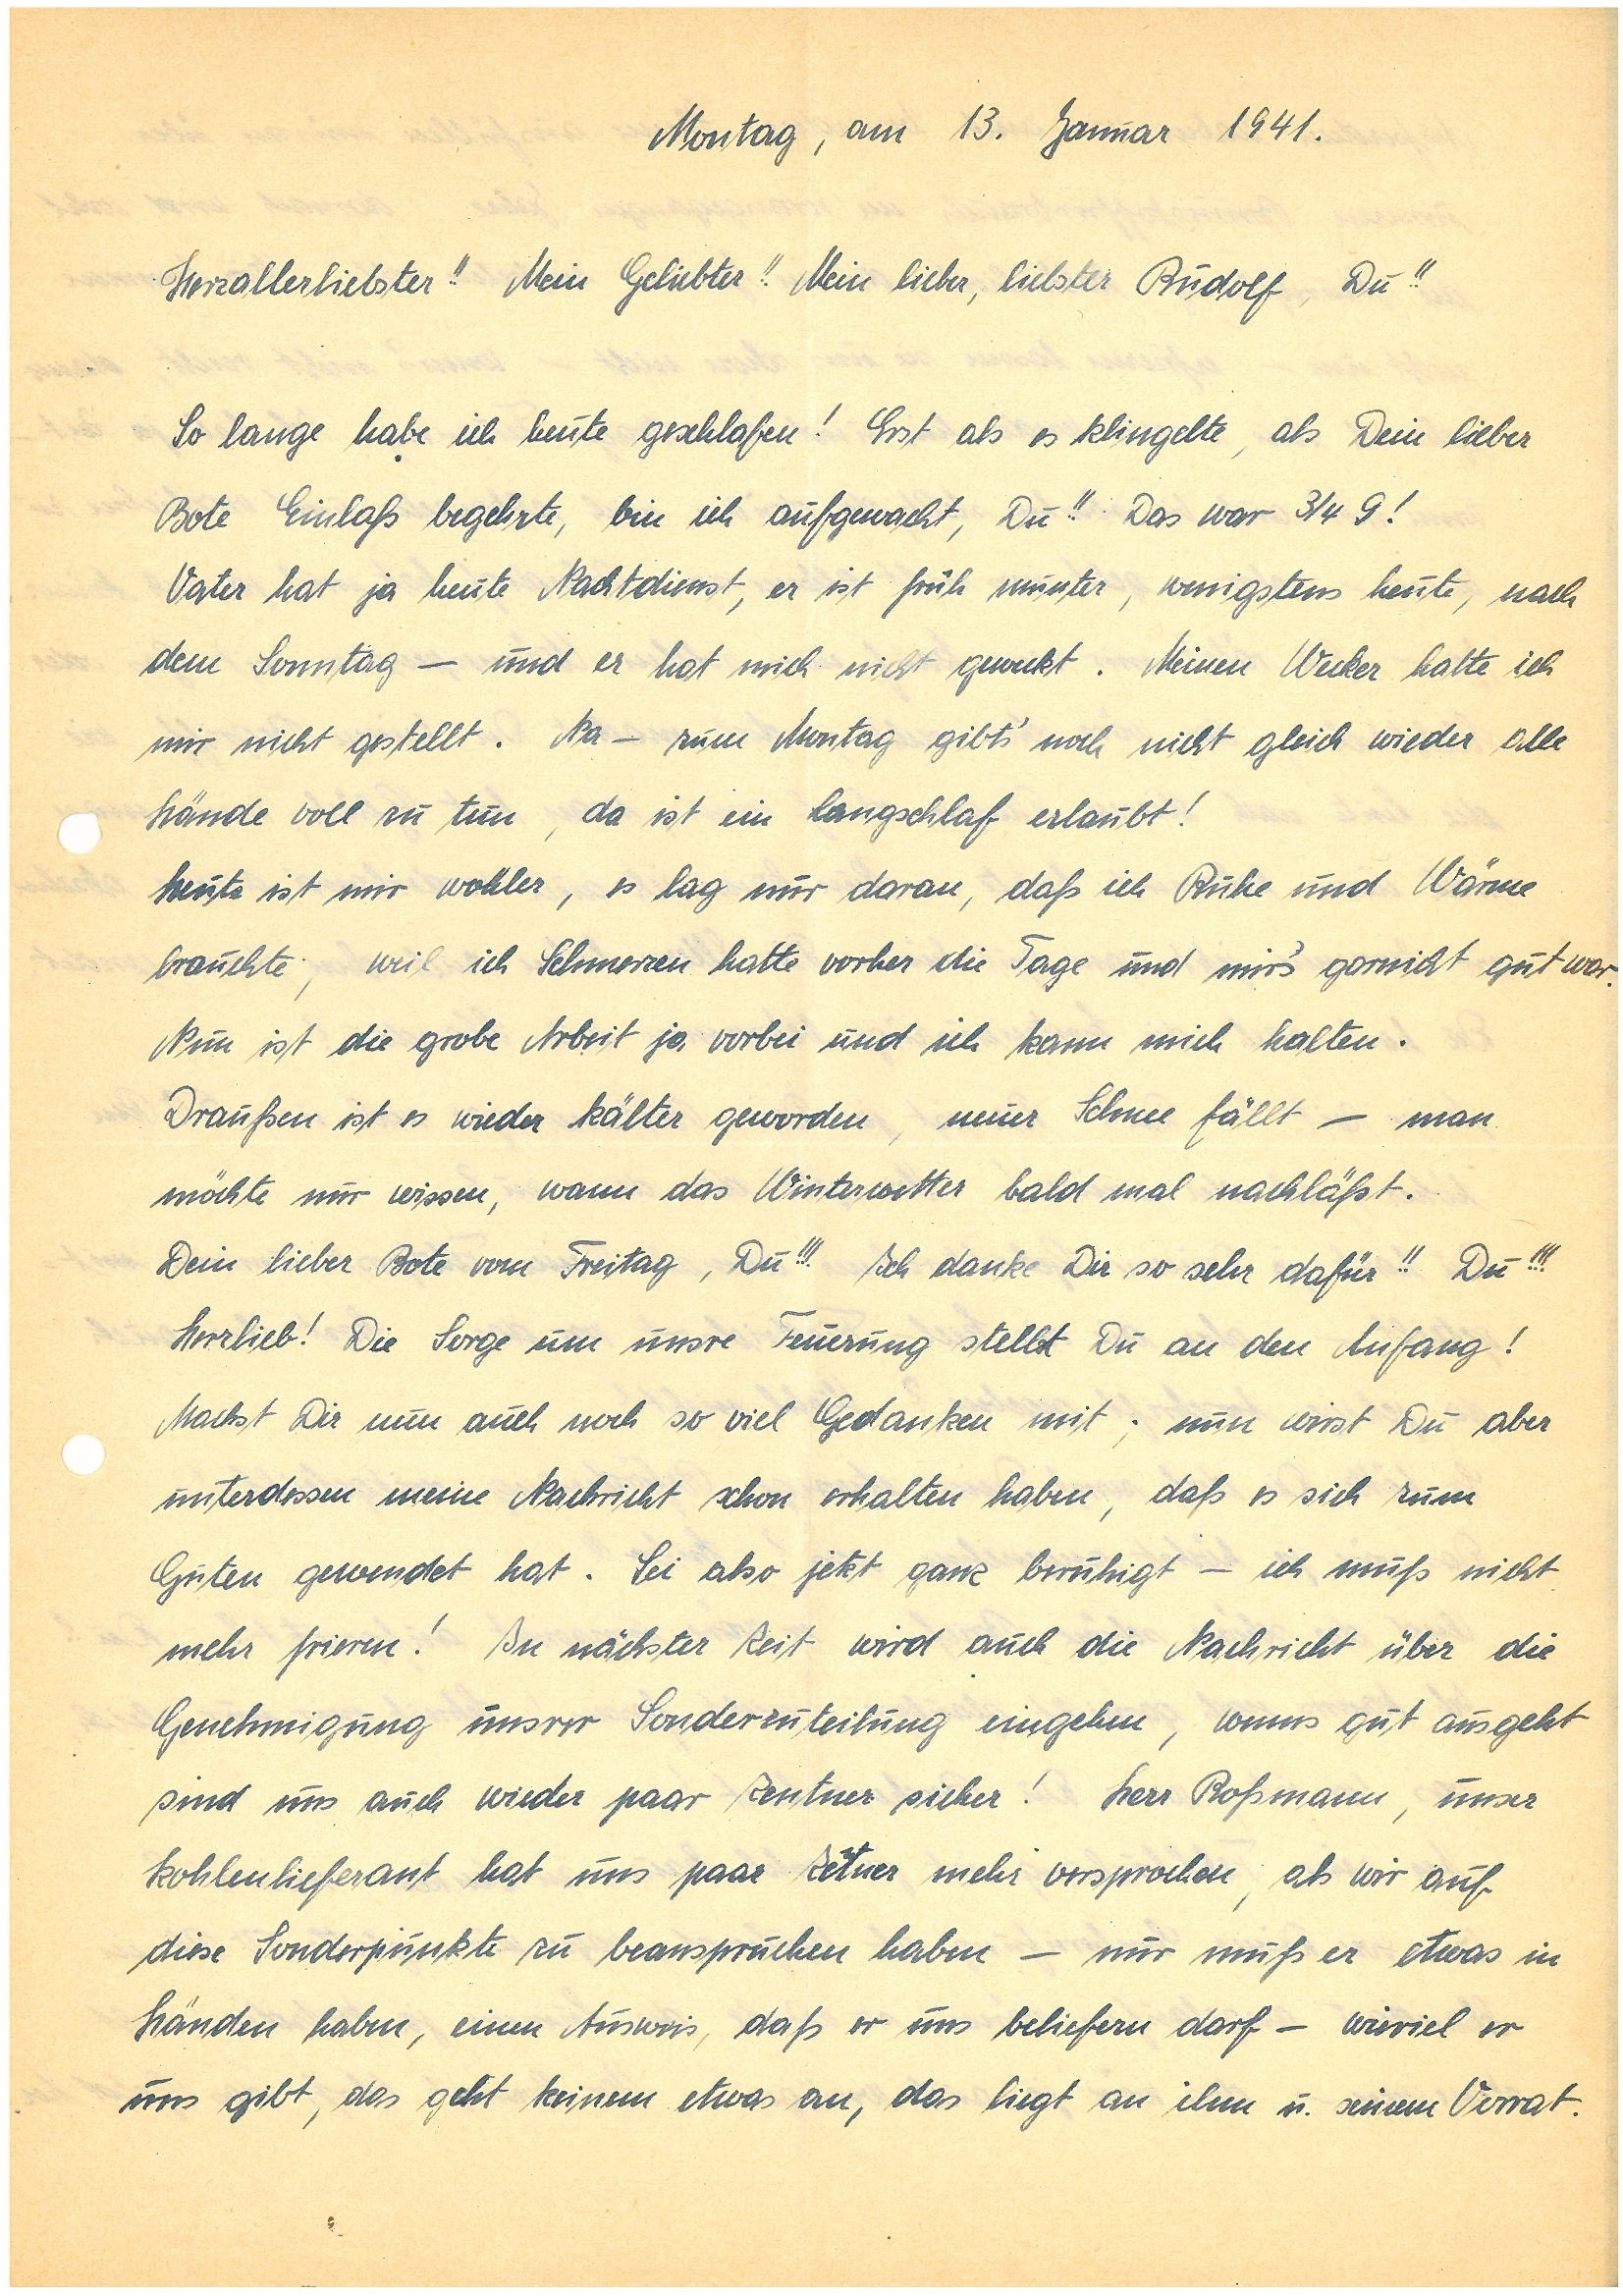
Montag, am 13. Januar 1941.
Herzallerliebster!! Mein Geliebter!! Mein lieber, liebster , Du!!
So lange habe ich heute geschlafen! Erst als es klingelte, als Dein lieber
Bote Einlaß begehrte, bin ich aufgewacht, Du!! Das war ¾ 9!
Vater hat ja heute Nachtdienst, er ist früh munter, wenigstens heute, nach
dem Sonntag – und er hat mich nicht geweckt. Meinen Wecker hatte ich
mir nicht gestellt. Na – zum Montag gibt’s noch nicht gleich wieder alle
Hände voll zu tun, da ist ein Langschlaf erlaubt!
Heute ist mir wohler, es lag nur daran, daß ich Ruhe und Wärme
brauchte, weil ich Schmerzen hatte vorher die Tage und mir’s garnicht gut war.
Nun ist die grobe Arbeit ja vorbei und ich kann mich halten.
Draußen ist es wieder kälter geworden, neuer Schnee fällt — man
möchte nur wissen, wann das Winterwetter bald mal nachläßt.
Dein lieber Bote vom Freitag, Du!!! Ich danke Dir so sehr dafür!! Du!!!
Herzlieb! Die Sorge um unsre Feuerung stellst Du an den Anfang!
Machst Dir nun auch noch so viel Gedanken mit; nun wirst Du aber
unterdessen meine Nachricht schon erhalten haben, daß es sich zum
Guten gewendet hat. Sei also jetzt ganz beruhigt – ich muß nicht
mehr frieren! In der nächster Zeit wird auch die Nachricht über die
Genehmigung unsrer Sonderzuteilung eingehen, wenns gut ausgeht
sind uns auch wieder paar Zentner sicher! Herr B., unser
Kohlenlieferant hat uns ein paar Zentner mehr versprochen, als wir auf
diese Sonderpunkte zu beanspruchen haben – nur muß er etwas in
Händen haben, einen Ausweis, daß er uns beliefern darf – wieviel er
uns gibt, das geht keinen etwas an, das liegt an ihm u. seinem Vorrat.